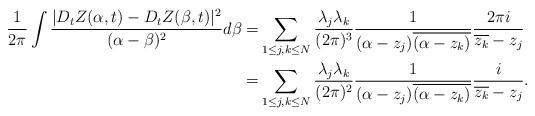
LaTeX: \begin{align*}\frac{1}{2\pi}\int \frac{|D_tZ(\alpha,t)-D_tZ(\beta,t)|^2}{(\alpha-\beta)^2}d\beta= & \sum_{1\leq j,k\leq N}\frac{\lambda_j\lambda_k}{(2\pi)^3}\frac{1}{(\alpha-z_j)\overline{(\alpha-z_k)}} \frac{2\pi i}{\overline{z_k}-z_j}\\=& \sum_{1\leq j,k\leq N}\frac{\lambda_j\lambda_k}{(2\pi)^2}\frac{1}{(\alpha-z_j)\overline{(\alpha-z_k)}} \frac{i}{\overline{z_k}-z_j}.\end{align*}